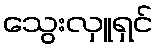
သွေးလှူရှင်